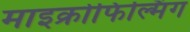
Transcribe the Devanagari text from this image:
माइक्रोफिल्मिंग